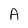
Character: A